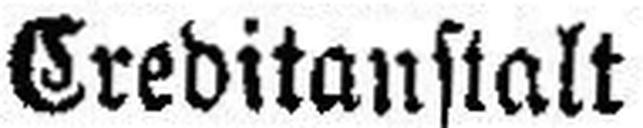
Kreditanstalt